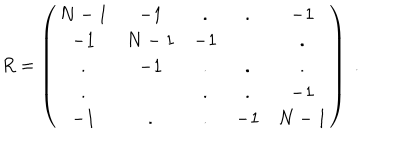
R = \left( \begin{array} { c c c c c } { { N - 1 } } & { { - 1 } } & { { . } } & { { . } } & { { - 1 } } \\ { { - 1 } } & { { N - 1 } } & { { - 1 } } & { { } } & { { . } } \\ { { . } } & { { - 1 } } & { { . } } & { { . } } & { { . } } \\ { { . } } & { { } } & { { . } } & { { . } } & { { - 1 } } \\ { { - 1 } } & { { . } } & { { . } } & { { - 1 } } & { { N - 1 } } \\ \end{array} \right) \; .